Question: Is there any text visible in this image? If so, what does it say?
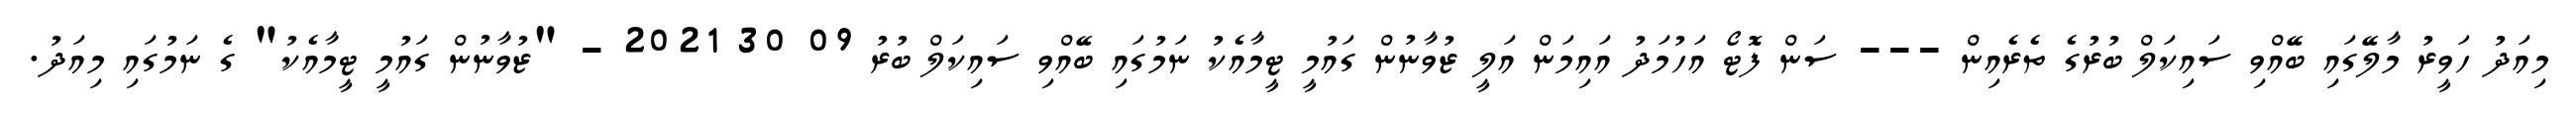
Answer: މިއަދު ހަވީރު މާލޭގައި ބޭއްވި ސައިކަލް ބުރުގެ ތެރެއިން --- ސަން ފޮޓޯ އަހުމަދު އައިމަން އަލީ ޒުވާނުން ގައުމީ ޓީމާއެކު ނަމުގައި ބޭއްވި ސައިކަލް ބުރު 09 30 2021 - "ޒުވާނުން ގައުމީ ޓީމާއެކު" ގެ ނަމުގައި މިއަދު.